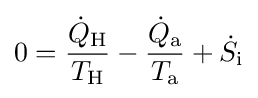
0={\frac {{\dot {Q}}_{\text{H}}}{T_{\text{H}}}}-{\frac {{\dot {Q}}_{\text{a}}}{T_{\text{a}}}}+{\dot {S}}_{\text{i}}